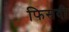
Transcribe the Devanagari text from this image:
फिसदी